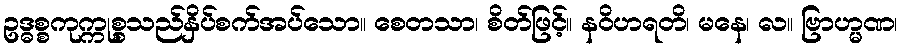
ဥဒ္ဓစ္စကုက္ကုစ္စသည်နှိပ်စက်အပ်သော။ စေတသာ၊ စိတ်ဖြင့်။ နဝိဟရတိ၊ မနေ၊ လ။ ဗြာဟ္မဏ၊